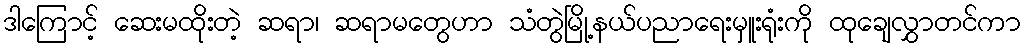
ဒါကြောင့် ဆေးမထိုးတဲ့ ဆရာ၊ ဆရာမတွေဟာ သံတွဲမြို့နယ်ပညာရေးမှူးရုံးကို ထုချေလွှာတင်ကာ